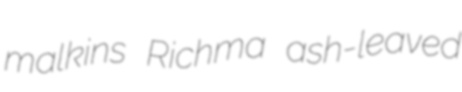
malkins Richma ash-leaved